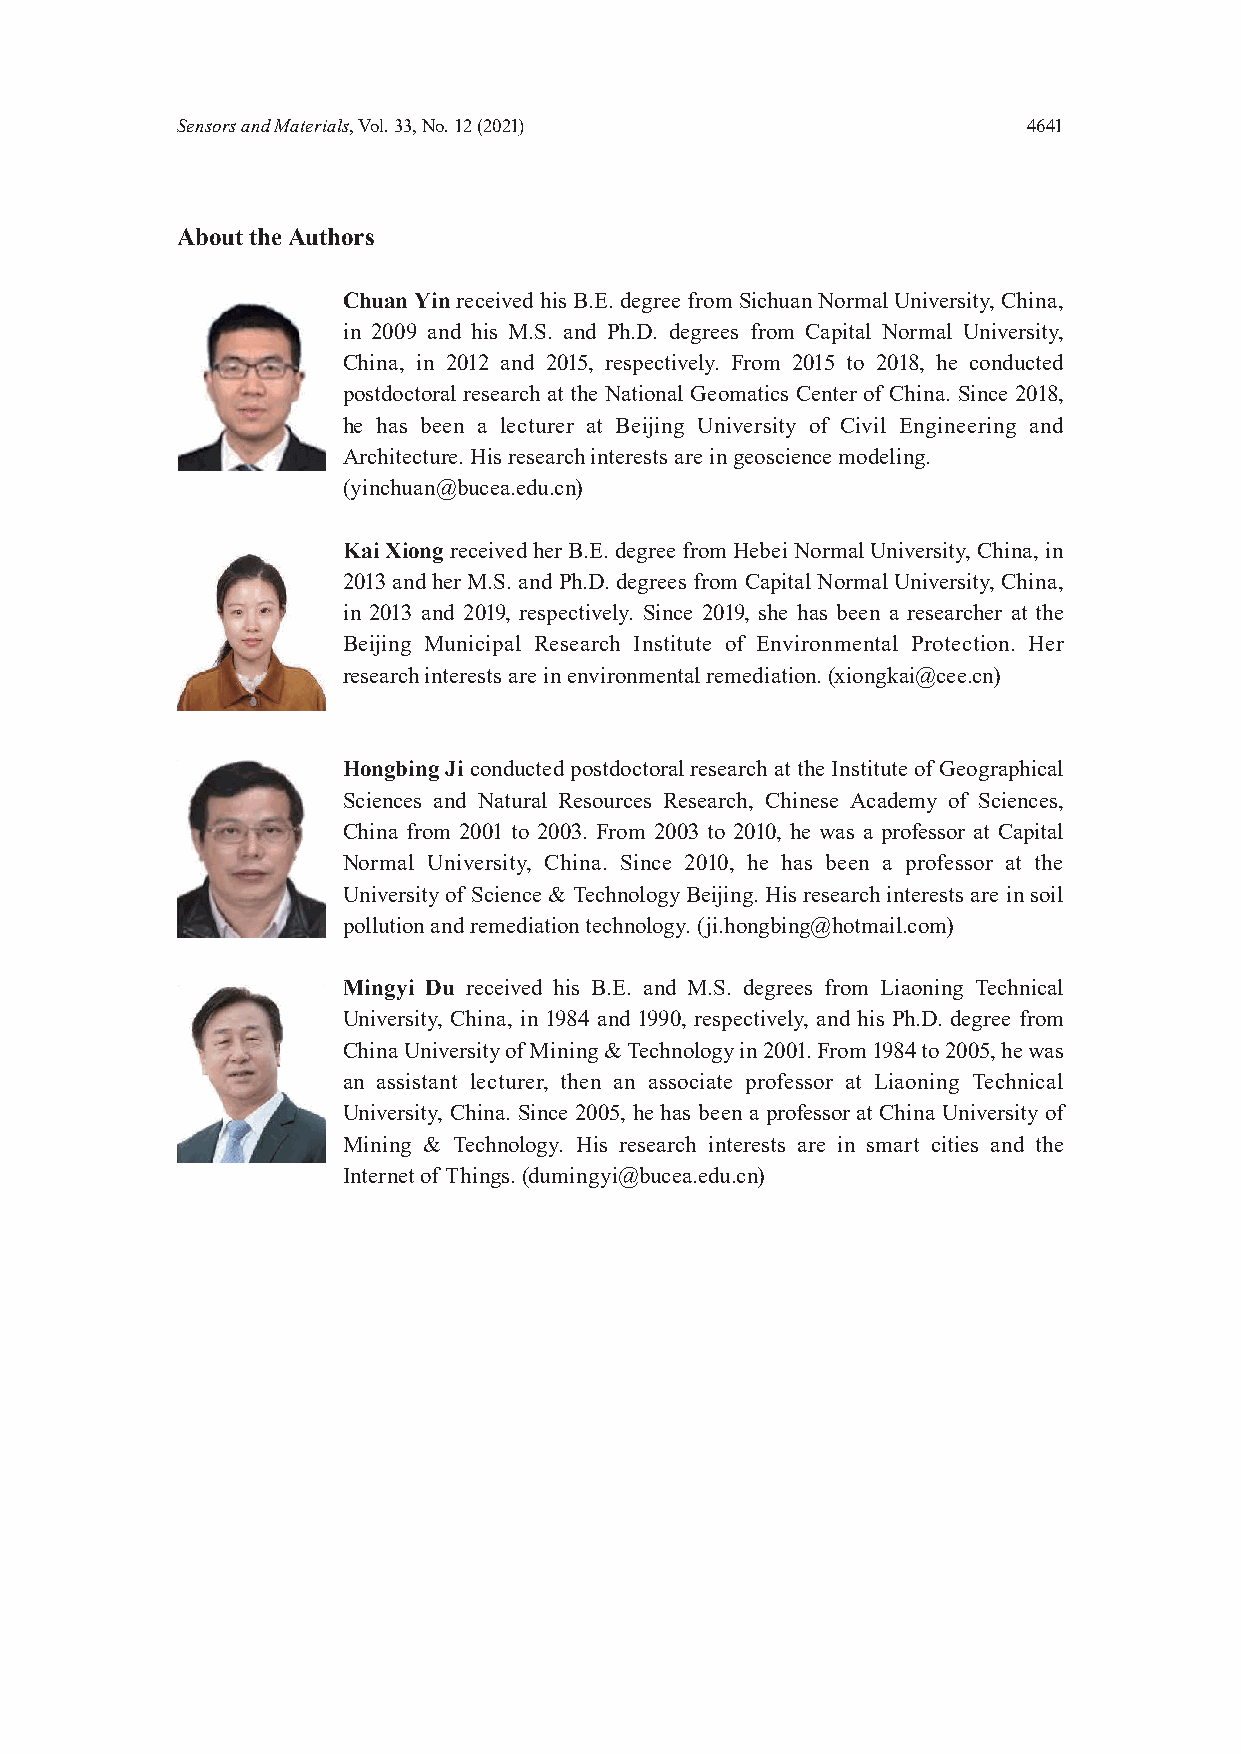
Sensors and Materials, Vol. 33, No. 12 (2021)           4641
 About the Authors
 Chuan Yin received his B.E. degree from Sichuan Normal University, China,
 in 2009 and his M.S. and Ph.D. degrees from Capital Normal University,
 China, in 2012 and 2015, respectively. From 2015 to 2018, he conducted
 postdoctoral research at the National Geomatics Center of China. Since 2018,
 he has been a lecturer at Beijing University of Civil Engineering and
 Architecture. His research interests are in geoscience modeling.
 (yinchuan@bucea.edu.cn)
 Kai Xiong received her B.E. degree from Hebei Normal University, China, in
 2013 and her M.S. and Ph.D. degrees from Capital Normal University, China,
 in 2013 and 2019, respectively. Since 2019, she has been a researcher at the
 Beijing Municipal Research Institute of Environmental Protection. Her
 research interests are in environmental remediation. (xiongkai@cee.cn)
 Hongbing Ji conducted postdoctoral research at the Institute of Geographical
 Sciences and Natural Resources Research, Chinese Academy of Sciences,
 China from 2001 to 2003. From 2003 to 2010, he was a professor at Capital
 Normal University, China. Since 2010, he has been a professor at the
 University of Science & Technology Beijing. His research interests are in soil
 pollution and remediation technology. (ji.hongbing@hotmail.com)
 Mingyi Du received his B.E. and M.S. degrees from Liaoning Technical
 University, China, in 1984 and 1990, respectively, and his Ph.D. degree from
 China University of Mining & Technology in 2001. From 1984 to 2005, he was
 an assistant lecturer, then an associate professor at Liaoning Technical
 University, China. Since 2005, he has been a professor at China University of
 Mining & Technology. His research interests are in smart cities and the
 Internet of Things. (dumingyi@bucea.edu.cn)